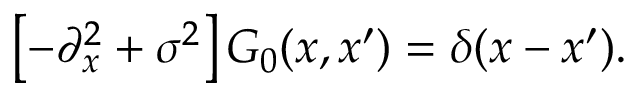
\left[ - \partial _ { x } ^ { 2 } + \sigma ^ { 2 } \right] { \cal G } _ { 0 } ( x , x ^ { \prime } ) = \delta ( x - x ^ { \prime } ) .